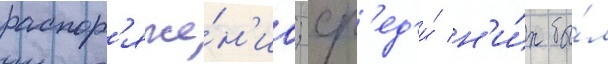
распор'яже́н'иа; ср'ед'и́ н'и́х бы́л